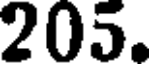
205.